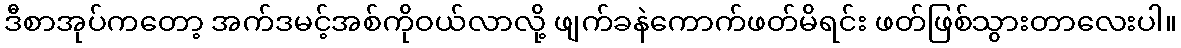
ဒီစာအုပ်ကတော့ အက်ဒမင့်အစ်ကိုဝယ်လာလို့ ဖျက်ခနဲကောက်ဖတ်မိရင်း ဖတ်ဖြစ်သွားတာလေးပါ။